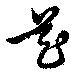
芲